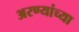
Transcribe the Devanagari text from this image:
अरण्यांच्या